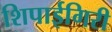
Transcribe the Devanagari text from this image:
शिपाईगिरी